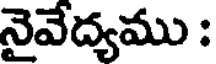
నైవేద్యము :